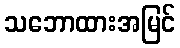
သဘောထားအမြင်